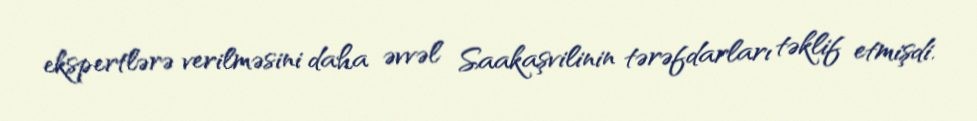
ekspertlərə verilməsini daha əvvəl Saakaşvilinin tərəfdarları təklif etmişdi.